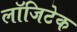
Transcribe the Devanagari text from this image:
लॉजिटेक